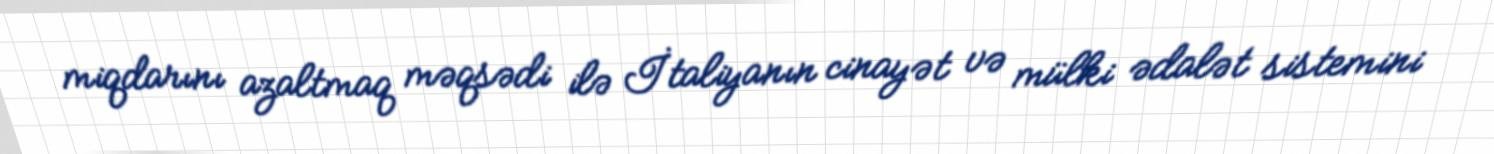
miqdarını azaltmaq məqsədi ilə İtaliyanın cinayət və mülki ədalət sistemini